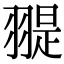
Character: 𦑧